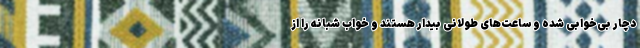
دچار بی‌خوابی شده و ساعت‌های طولانی بیدار هستند و خواب شبانه را از